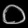
Digit: ၀